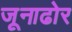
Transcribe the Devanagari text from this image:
जूनाढोर